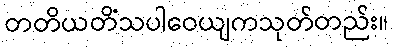
တတိယတိံသပါဝေယျကသုတ်တည်း။